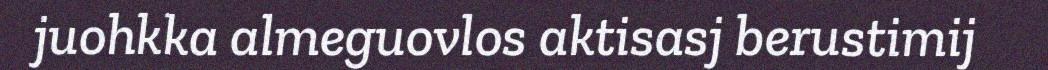
juohkka almeguovlos aktisasj berustimij